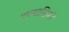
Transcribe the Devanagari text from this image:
त्रयमासिकी